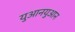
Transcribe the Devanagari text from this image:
युआनयुआन